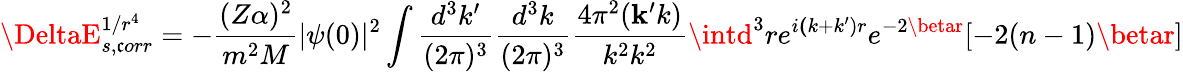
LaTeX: \DeltaE_{s,\mathfrak{c}orr}^{1/r^{4}}=-\frac{{(Z\alpha)^{2}}}{{m^{2}M}}|\psi(0)|^{2}\int\frac{{d^{3}k^{\prime}}}{{(2\pi)^{3}}}\frac{{d^{3}k}}{{(2\pi)^{3}}}\frac{{4\pi^{2}({\mathbf{k}^{\prime}k})}}{{k^{2}k^{2}}}\intd^{3}re^{i{\mathbf{(}k+k^{\prime})r}}e^{-2\betar}[-2(n-1)\betar]